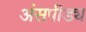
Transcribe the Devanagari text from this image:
अंसपीड्य